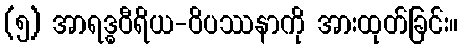
(၅) အာရဒ္ဓဝီရိယ-ဝိပဿနာကို အားထုတ်ခြင်း။